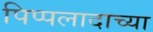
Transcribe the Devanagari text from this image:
पिप्पलादाच्या